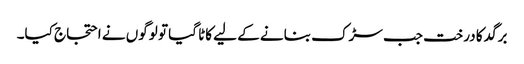
برگد کا درخت جب سڑک بنانے کے لیے کاٹا گیا تو لوگوں نے احتجاج کیا۔